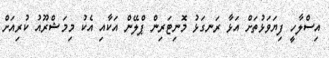
އިސްލާހީ ފިޔަވަޅުތަށް އަޅާ ރަނގަޅު މޮނިޓަރިން ޕްލޭން އަކާއި އެކު މިމަޝްރޫއު ކުރިއަށް